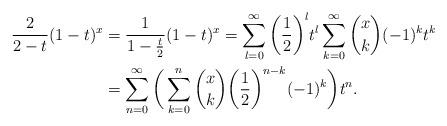
LaTeX: \begin{align*}\frac{2}{2-t}(1-t)^{x}&=\frac{1}{1-\frac{t}{2}}(1-t)^{x}=\sum_{l=0}^{\infty}\bigg(\frac{1}{2}\bigg)^{l}t^{l}\sum_{k=0}^{\infty}\binom{x}{k}(-1)^{k}t^{k}\\&=\sum_{n=0}^{\infty}\bigg(\sum_{k=0}^{n}\binom{x}{k}\bigg(\frac{1}{2}\bigg)^{n-k}(-1)^{k}\bigg)t^{n}.\end{align*}